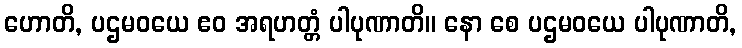
ဟောတိ, ပဌမဝယေ ဧဝ အရဟတ္တံ ပါပုဏာတိ။ နော စေ ပဌမဝယေ ပါပုဏာတိ,